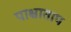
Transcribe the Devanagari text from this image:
पाश्चाताप